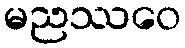
မညဿဝေ